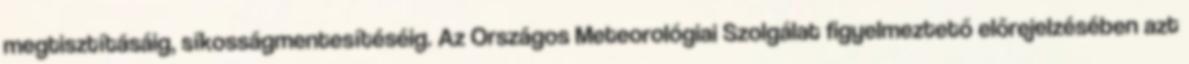
megtisztításáig, síkosságmentesítéséig. Az Országos Meteorológiai Szolgálat figyelmeztető előrejelzésében azt